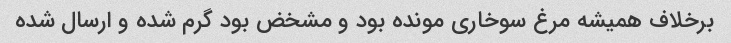
برخلاف همیشه مرغ سوخاری مونده بود و مشخض بود گرم شده و ارسال شده